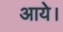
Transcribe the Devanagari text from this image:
आयेे।